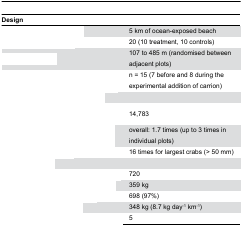
<table><thead><tr><td><b>Design</b></td><td>[EMPTY_CELL]</td></tr></thead><tbody><tr><td>[EMPTY_CELL]</td><td>5 km of ocean-exposed beach</td></tr><tr><td>[EMPTY_CELL]</td><td>20 (10 treatment, 10 controls)</td></tr><tr><td>[EMPTY_CELL]</td><td>107 to 485 m (randomised between adjacent plots)</td></tr><tr><td>[EMPTY_CELL]</td><td>n = 15 (7 before and 8 during the experimental addition of carrion)</td></tr><tr><td>[EMPTY_CELL]</td><td>[EMPTY_CELL]</td></tr><tr><td>[EMPTY_CELL]</td><td>14,783</td></tr><tr><td>[EMPTY_CELL]</td><td>overall: 1.7 times (up to 3 times in individual plots)</td></tr><tr><td>[EMPTY_CELL]</td><td>16 times for largest crabs (&gt; 50 mm)</td></tr><tr><td>[EMPTY_CELL]</td><td>[EMPTY_CELL]</td></tr><tr><td>[EMPTY_CELL]</td><td>720</td></tr><tr><td>[EMPTY_CELL]</td><td>359 kg</td></tr><tr><td>[EMPTY_CELL]</td><td>698 (97%)</td></tr><tr><td>[EMPTY_CELL]</td><td>348 kg (8.7 kg day<sup>-1</sup> km<sup>-1</sup>)</td></tr><tr><td>[EMPTY_CELL]</td><td>5</td></tr></tbody></table>